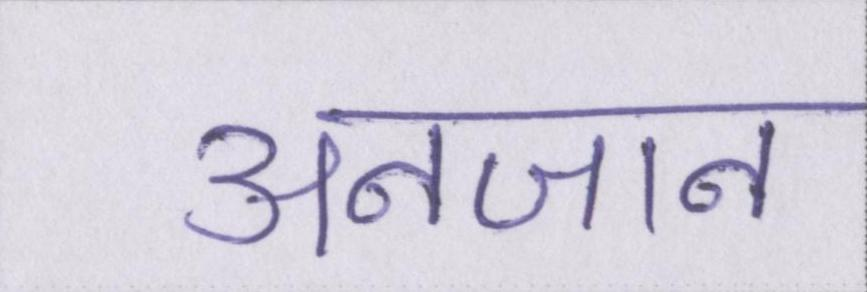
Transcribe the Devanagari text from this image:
अनजान